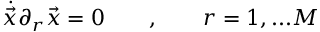
{ \dot { \vec { x } } } \partial _ { r } \vec { x } = 0 \qquad , \qquad r = 1 , . . . M